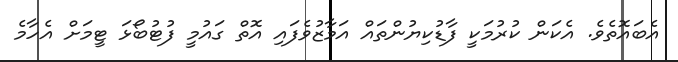
އެބައޮތެވެ. އެކަން ކުރުމަކީ ފާޑުކިޔުންތައް އަމާޒުވެފައި އޮތް ގައުމީ ފުޓުބޯޅަ ޓީމަށް އެހާމެ